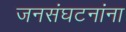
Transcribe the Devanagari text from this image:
जनसंघटनांना